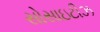
સોસાઇટીઝ